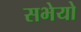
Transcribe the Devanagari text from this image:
सभेयो